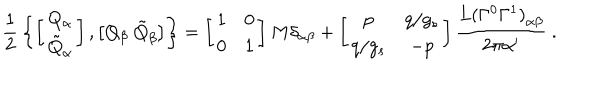
LaTeX: { \frac { 1 } { 2 } } \left\{ \left[ \begin{array} { c } { { Q _ { \alpha } } } \\ { { \tilde { Q } _ { \alpha } } } \\ \end{array} \right] , \left[ Q _ { \beta } \ \tilde { Q } _ { \beta } \right] \right\} = \left[ \begin{array} { c c } { { 1 } } & { { 0 } } \\ { { 0 } } & { { 1 } } \\ \end{array} \right] M \delta _ { \alpha \beta } + \left[ \begin{array} { c c } { { p } } & { { q / g _ { s } } } \\ { { q / g _ { s } } } & { { - p } } \\ \end{array} \right] { \frac { { L ( \Gamma ^ { 0 } \Gamma ^ { 1 } ) } _ { \alpha \beta } } { 2 \pi { \alpha ^ { \prime } } } } \ .